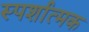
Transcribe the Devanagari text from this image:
स्पर्शात्मक